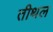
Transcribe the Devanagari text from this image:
तीथल